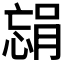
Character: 𫺴